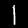
Digit: 1